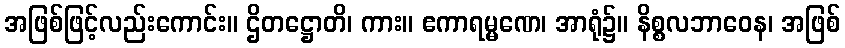
အဖြစ်ဖြင့်လည်းကောင်း။ ဌိတဋ္ဌောတိ၊ ကား။ ဧကာရမ္မဏေ၊ အာရုံ၌။ နိစ္စလဘာဝေန၊ အဖြစ်